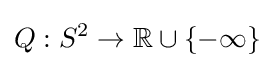
Q:S^{2}\to \mathbb {R} \cup \{-\infty \}